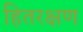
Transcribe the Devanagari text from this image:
हितरक्षण